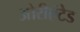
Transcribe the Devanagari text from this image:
ओरीएंटेड